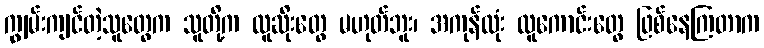
ကျွမ်းကျင်တဲ့သူတွေက သူတို့က လူဆိုးတွေ မဟုတ်ဘူး၊ အကုန်လုံး လူကောင်းတွေ ဖြစ်နေကြတာက